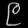
Digit: ၉